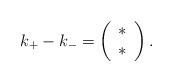
LaTeX: \begin{align*}k_{+}-k_{-}=\left( \begin{array}{c} \ast \\ \ast \\ \end{array}\right).\end{align*}